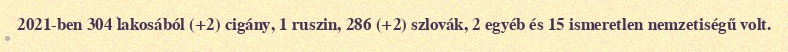
2021-ben 304 lakosából (+2) cigány, 1 ruszin, 286 (+2) szlovák, 2 egyéb és 15 ismeretlen nemzetiségű volt.